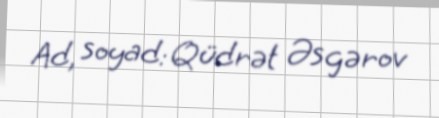
Ad, soyad: Qüdrət Əsgərov